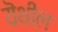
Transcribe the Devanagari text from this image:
यॆथील